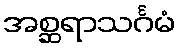
အစ္ဆရာသင်္ဂမံ